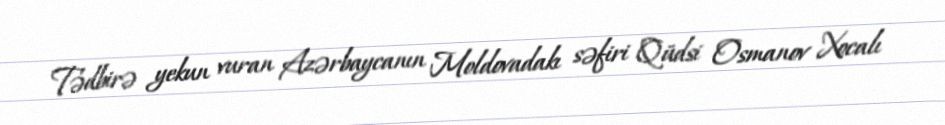
Tədbirə yekun vuran Azərbaycanın Moldovadakı səfiri Qüdsi Osmanov Xocalı